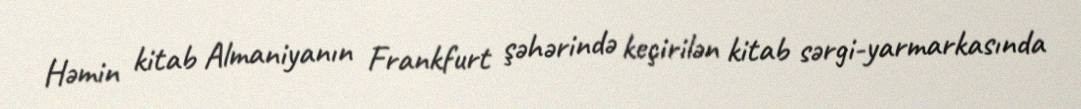
Həmin kitab Almaniyanın Frankfurt şəhərində keçirilən kitab sərgi-yarmarkasında